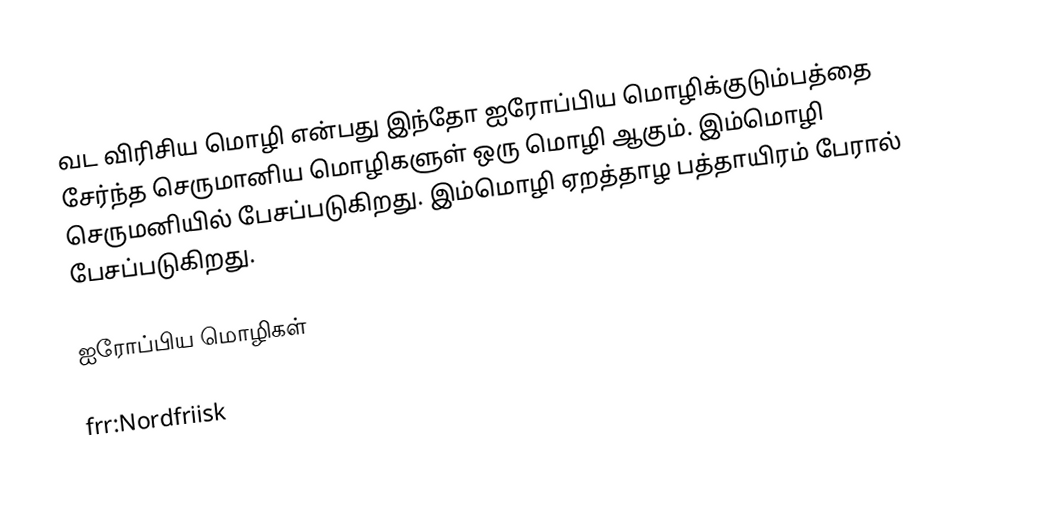
வட விரிசிய மொழி என்பது இந்தோ ஐரோப்பிய மொழிக்குடும்பத்தை சேர்ந்த செருமானிய மொழிகளுள் ஒரு மொழி ஆகும். இம்மொழி செருமனியில் பேசப்படுகிறது. இம்மொழி ஏறத்தாழ பத்தாயிரம் பேரால் பேசப்படுகிறது.

ஐரோப்பிய மொழிகள்

frr:Nordfriisk